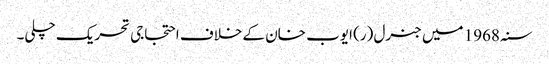
سنہ 1968 میں جنرل (ر) ایوب خان کے خلاف احتجاجی تحریک چلی۔